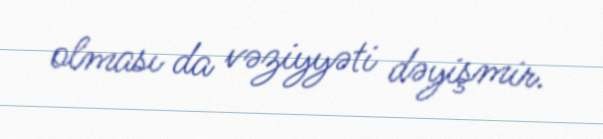
olması da vəziyyəti dəyişmir.